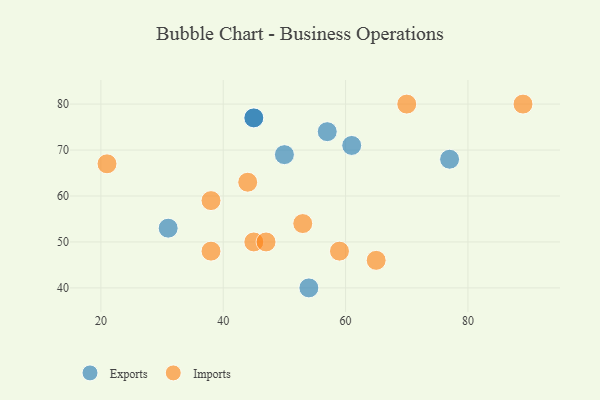
{"axis": {"x": "GDP", "y": "Life Expectancy"}, "legend": ["Exports", "Imports"], "data": [{"x": "45", "y": 77, "type": "Exports"}, {"x": "50", "y": 69, "type": "Exports"}, {"x": "77", "y": 68, "type": "Exports"}, {"x": "57", "y": 74, "type": "Exports"}, {"x": "31", "y": 53, "type": "Exports"}, {"x": "54", "y": 40, "type": "Exports"}, {"x": "45", "y": 77, "type": "Exports"}, {"x": "61", "y": 71, "type": "Exports"}, {"x": "38", "y": 48, "type": "Imports"}, {"x": "38", "y": 59, "type": "Imports"}, {"x": "59", "y": 48, "type": "Imports"}, {"x": "53", "y": 54, "type": "Imports"}, {"x": "44", "y": 63, "type": "Imports"}, {"x": "70", "y": 80, "type": "Imports"}, {"x": "45", "y": 50, "type": "Imports"}, {"x": "89", "y": 80, "type": "Imports"}, {"x": "47", "y": 50, "type": "Imports"}, {"x": "65", "y": 46, "type": "Imports"}, {"x": "21", "y": 67, "type": "Imports"}]}